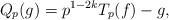
LaTeX: \begin{align*}Q_p(g)=p^{1-2k}T_p(f)-g,\end{align*}